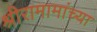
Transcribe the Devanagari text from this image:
श्रीरामामांच्या